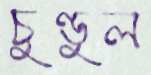
চুণ্ডুল